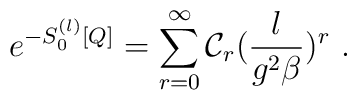
e^{-S^{(l)}_0[Q]} = \sum_{r = 0}^\infty {\cal C}_r ( \frac{l}{g^2\beta})^r\ .